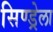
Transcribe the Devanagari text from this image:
सिण्ड्रेला